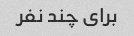
برای چند نفر